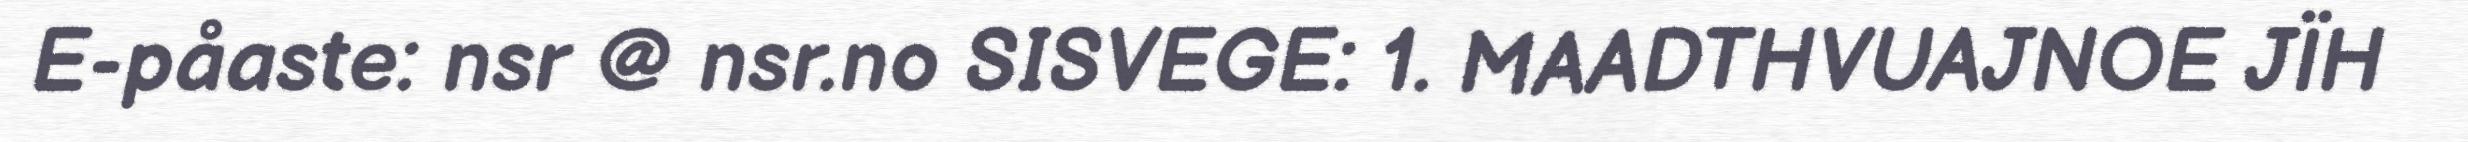
E-påaste: nsr @ nsr.no SISVEGE: 1. MAADTHVUAJNOE JÏH